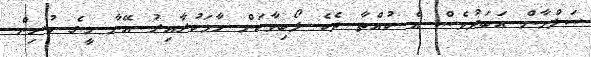
ސަލްމާން އަބަދުވެސް އެ ކުއްތާ ދެކެ ލޯބިވާކަން ހާމަކުރާއިރު އޭނާ މީގެ ކުރިން